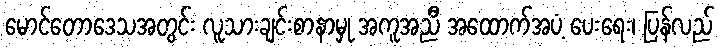
မောင်တောဒေသအတွင်း လူသားချင်းစာနာမှု အကူအညီ အထောက်အပံ့ ပေးရေး၊ ပြန်လည်